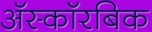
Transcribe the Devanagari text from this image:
अॅस्कॉरबिक